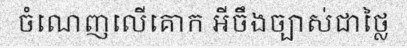
ចំណេញលើគោក អីចឹងច្បាស់ជាថ្លៃ